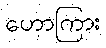
ဟောကြား